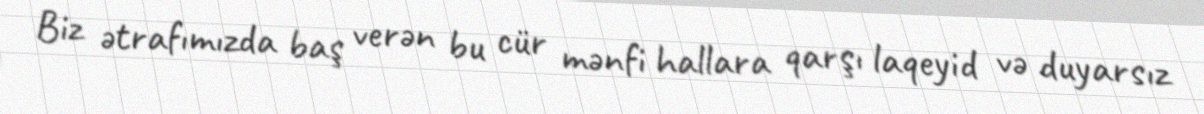
Biz ətrafımızda baş verən bu cür mənfi hallara qarşı laqeyid və duyarsız